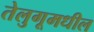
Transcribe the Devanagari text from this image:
तेलुगूमधील